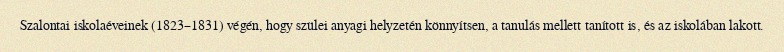
Szalontai iskolaéveinek (1823–1831) végén, hogy szülei anyagi helyzetén könnyítsen, a tanulás mellett tanított is, és az iskolában lakott.